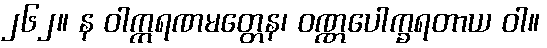
၂၆၂။ န ဝါက္ကရဏမတ္တေန၊ ဝဏ္ဏပေါက္ခရတာယ ဝါ။